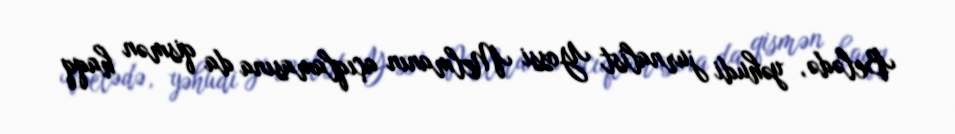
Belədə, yəhudi jurnalist Yossi Melmanın açıqlamasına da qismən haqq